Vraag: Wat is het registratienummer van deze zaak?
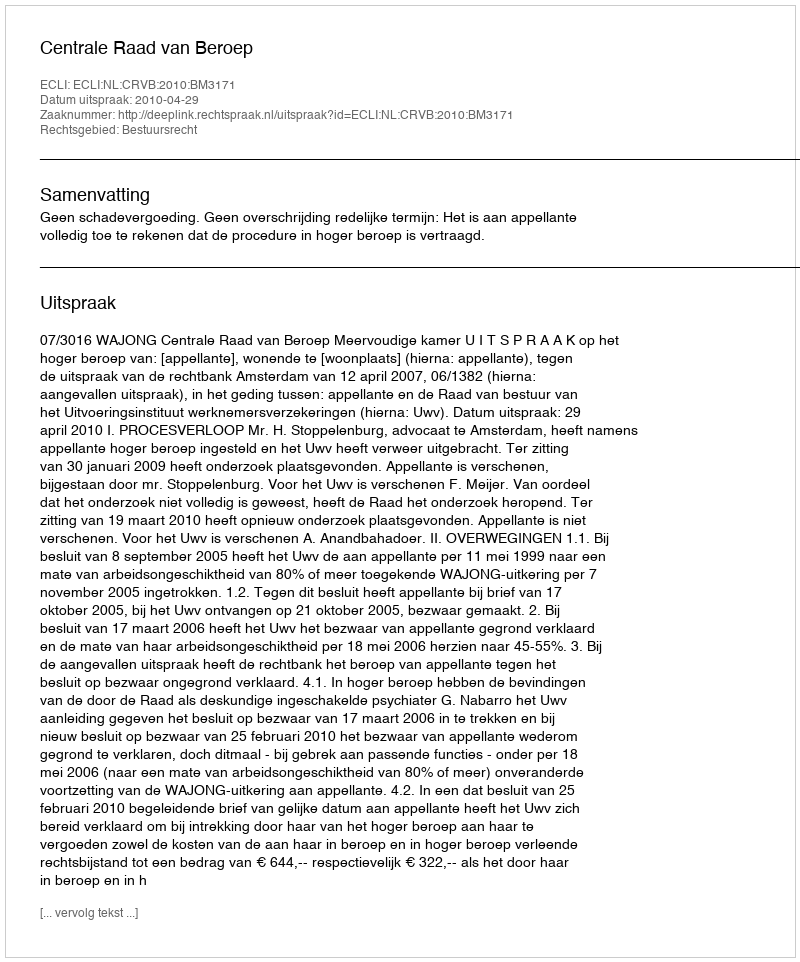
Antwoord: http://deeplink.rechtspraak.nl/uitspraak?id=ECLI:NL:CRVB:2010:BM3171